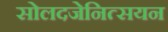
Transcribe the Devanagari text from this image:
सोलदजेनित्सयन